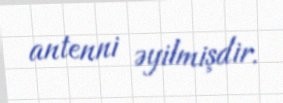
antenni əyilmişdir.